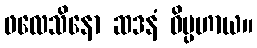
ဖလေသိနော ဆဒနံ ဝိပ္ပဟာယ။